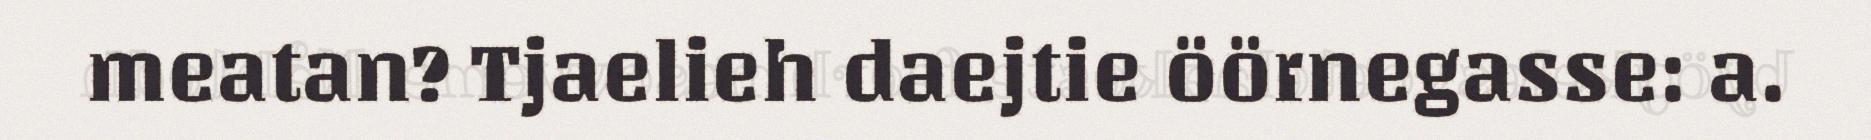
meatan? Tjaelieh daejtie öörnegasse: a.